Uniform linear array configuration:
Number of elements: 24
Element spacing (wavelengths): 0.75
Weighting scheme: cosine
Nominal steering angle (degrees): -45
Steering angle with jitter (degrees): -44.056
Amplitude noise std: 0.05
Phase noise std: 0.05

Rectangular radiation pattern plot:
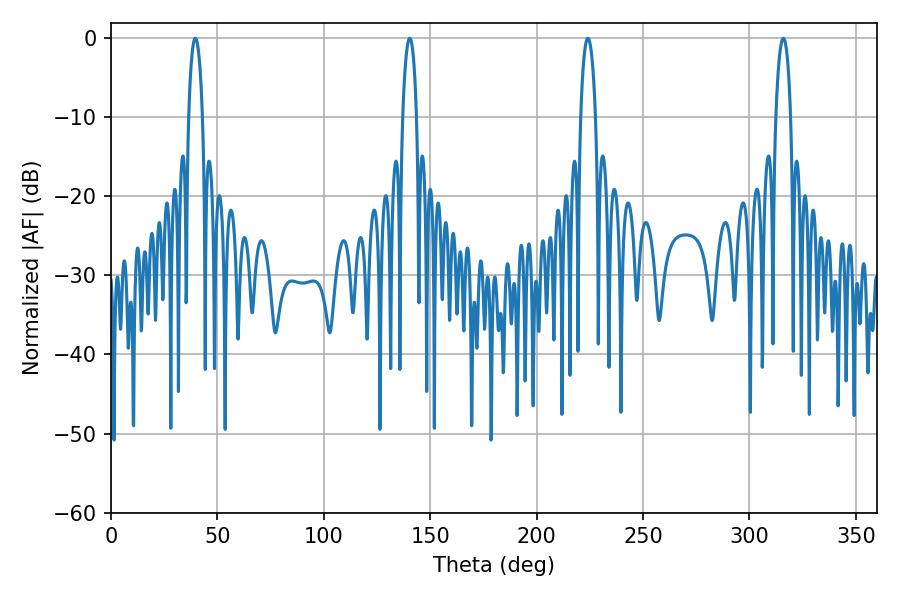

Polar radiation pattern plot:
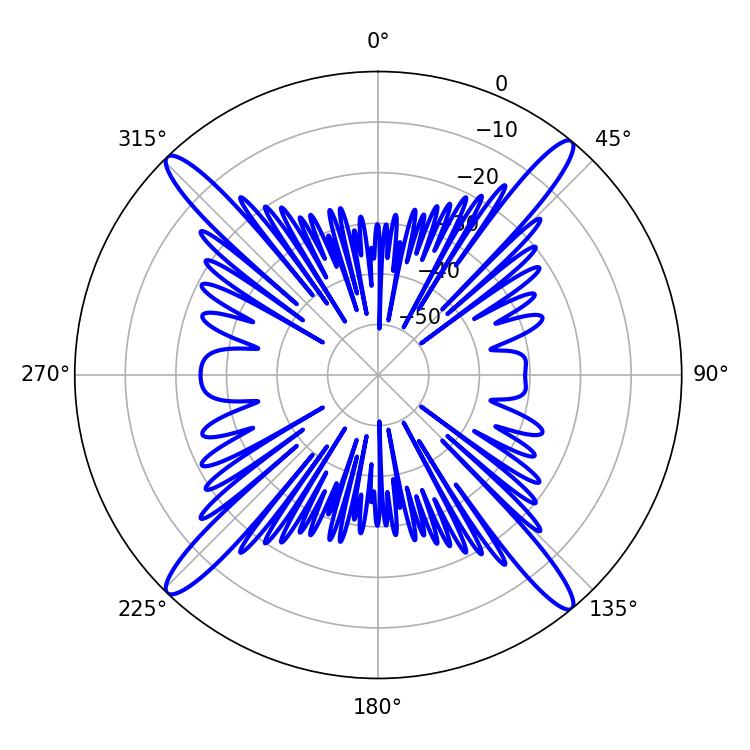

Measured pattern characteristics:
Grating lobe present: TRUE
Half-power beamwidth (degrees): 3.6
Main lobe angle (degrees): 39.6